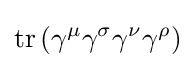
\operatorname {tr} \left(\gamma ^{\mu }\gamma ^{\sigma }\gamma ^{\nu }\gamma ^{\rho }\right)